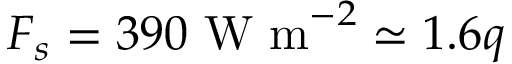
F _ { s } = 3 9 0 ~ \mathrm { W ~ m } ^ { - 2 } \simeq 1 . 6 q